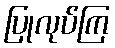
ပြုလုပ်ကြ